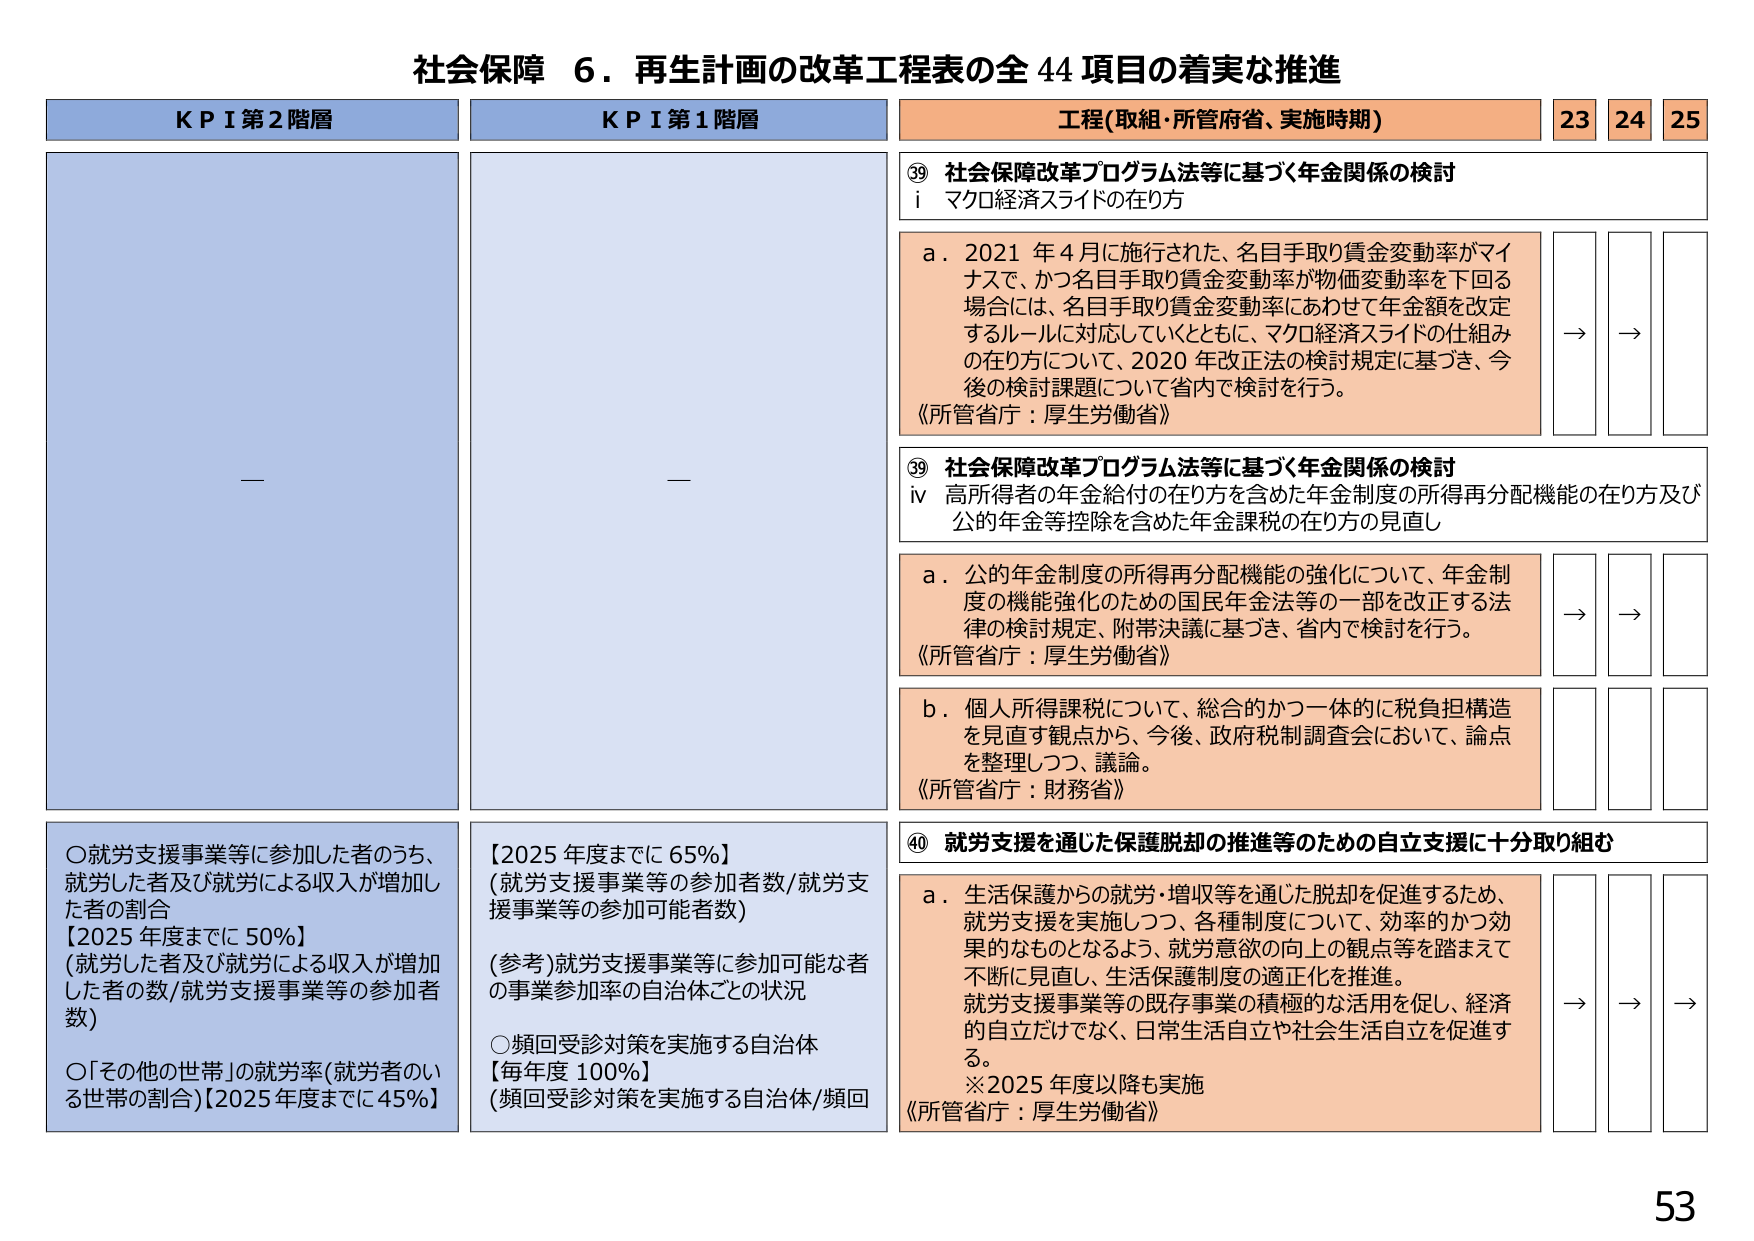
社会保障 ６．再生計画の改革工程表の全 44 項目の着実な推進

K P I 第 2 階層
—

K P I 第 1 階層
—

工程(取組・所管府省、実施時期)
23 24 25

⑲ 社会保障改革プログラム法等に基づく年金関係の検討
i マクロ経済スライドの在り方

a．2021 年 4 月に施行された、名目手取り賃金変動率がマイナスで、かつ名目手取り賃金変動率が物価変動率を下回る場合には、名目手取り賃金変動率にあわせて年金額を改定するルールに対応していくとともに、マクロ経済スライドの仕組みの在り方について、2020 年改正法の検討規定に基づき、今後の検討課題について省内で検討を行う。
《所管省庁：厚生労働省》

→ →

⑲ 社会保障改革プログラム法等に基づく年金関係の検討
iv 高所得者の年金給付の在り方を含めた年金制度の所得再分配機能の在り方及び公的年金等控除を含めた年金課税の在り方の見直し

a．公的年金制度の所得再分配機能の強化について、年金制度の機能強化のための国民年金法等の一部を改正する法律の検討規定、附帯決議に基づき、省内で検討を行う。
《所管省庁：厚生労働省》

→ →

b．個人所得課税について、総合的かつ一体的に税負担構造を見直す観点から、今後、政府税制調査会において、論点を整理しつつ、議論。
《所管省庁：財務省》

→ →

⑳ 就労支援を通じた保護脱却の推進等のための自立支援に十分取り組む

a．生活保護からの就労・増収等を通じた脱却を促進するため、就労支援を実施しつつ、各種制度について、効率的かつ効果的なものとなるよう、就労意欲の向上の観点等を踏まえて不断に見直し、生活保護制度の適正化を推進。就労支援事業等の既存事業の積極的な活用を促し、経済的自立だけでなく、日常生活自立や社会生活自立を促進する。
※2025 年度以降も実施
《所管省庁：厚生労働省》

→ → →

〇就労支援事業等に参加した者のうち、就労した者及び就労による収入が増加した者の割合
【2025 年度までに 50%】
(就労した者及び就労による収入が増加した者の数/就労支援事業等の参加者数)

〇「その他の世帯」の就労率(就労者のいる世帯の割合)【2025 年度までに 45%】

【2025 年度までに 65%】
(就労支援事業等の参加者数/就労支援事業等の参加可能者数)

(参考)就労支援事業等に参加可能な者の事業参加率の自治体ごとの状況

〇頻回受診対策を実施する自治体
【毎年度 100%】
(頻回受診対策を実施する自治体/頻回

53